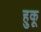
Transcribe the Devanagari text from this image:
हुकू